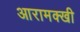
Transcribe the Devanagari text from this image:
आरामक्खी